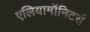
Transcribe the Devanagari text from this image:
एलियामॉनिटर्स